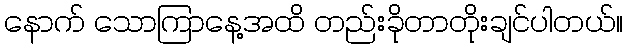
နောက် သောကြာနေ့အထိ တည်းခိုတာတိုးချင်ပါတယ်။